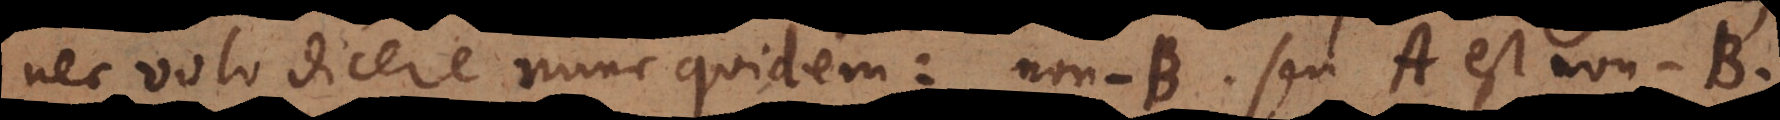
nec volo dicere nunc quidem: non‐B seu A est non‐B,